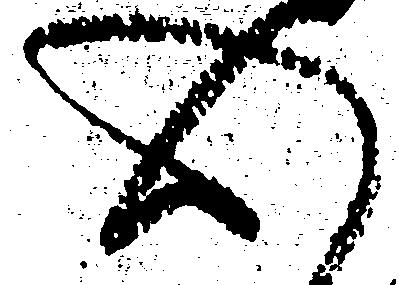
心